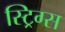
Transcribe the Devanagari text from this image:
स्ट्रिग्स